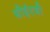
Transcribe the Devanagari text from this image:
सीईएबी